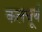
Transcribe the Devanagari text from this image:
कलचूर्य